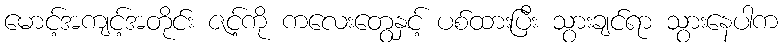
မောင့်အကျင့်အတိုင်း ဇင့်ကို ကလေးတွေနှင့် ပစ်ထားပြီး သွားချင်ရာ သွားနေပါက